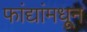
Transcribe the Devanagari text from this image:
फांद्यांमधून